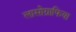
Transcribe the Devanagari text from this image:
लासोग्राफिया